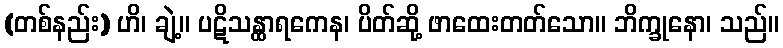
(တစ်နည်း) ဟိ၊ ချဲ့။ ပဋိသန္ထာရကေန၊ ပိတ်ဆို့ ဖာထေးတတ်သော။ ဘိက္ခုနော၊ သည်။